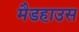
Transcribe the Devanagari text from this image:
मैडहाउस